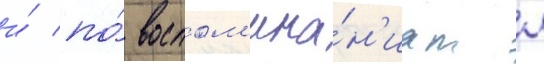
и́ по́ воспом'ина́н'иам л